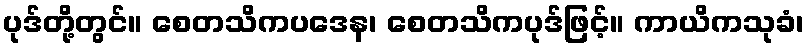
ပုဒ်တို့တွင်။ စေတသိကပဒေန၊ စေတသိကပုဒ်ဖြင့်။ ကာယိကသုခံ၊